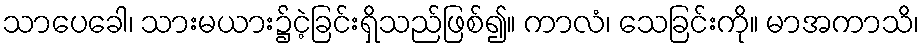
သာပေခေါ၊ သားမယား၌ငဲ့ခြင်းရှိသည်ဖြစ်၍။ ကာလံ၊ သေခြင်းကို။ မာအကာသိ၊